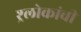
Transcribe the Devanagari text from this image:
श्र्लोकांची